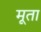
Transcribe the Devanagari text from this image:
मूता